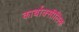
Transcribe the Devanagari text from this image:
कार्बाक्सीलिक